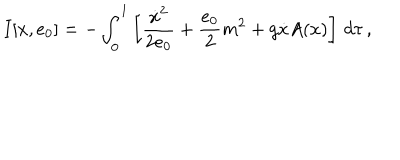
I [ x , e _ { 0 } ] = - \int _ { 0 } ^ { 1 } \left[ \frac { \dot { x } ^ { 2 } } { 2 e _ { 0 } } + \frac { e _ { 0 } } { 2 } m ^ { 2 } + g \dot { x } A ( x ) \right] \, d \tau \, ,